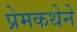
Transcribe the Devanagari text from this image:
प्रेमकथेने